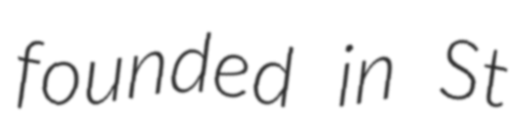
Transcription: founded in St